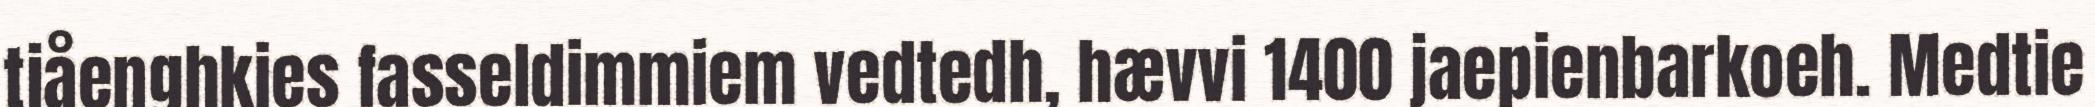
tjåenghkies fasseldimmiem vedtedh, hævvi 1400 jaepienbarkoeh. Medtie